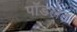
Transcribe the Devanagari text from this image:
पॉडलेट